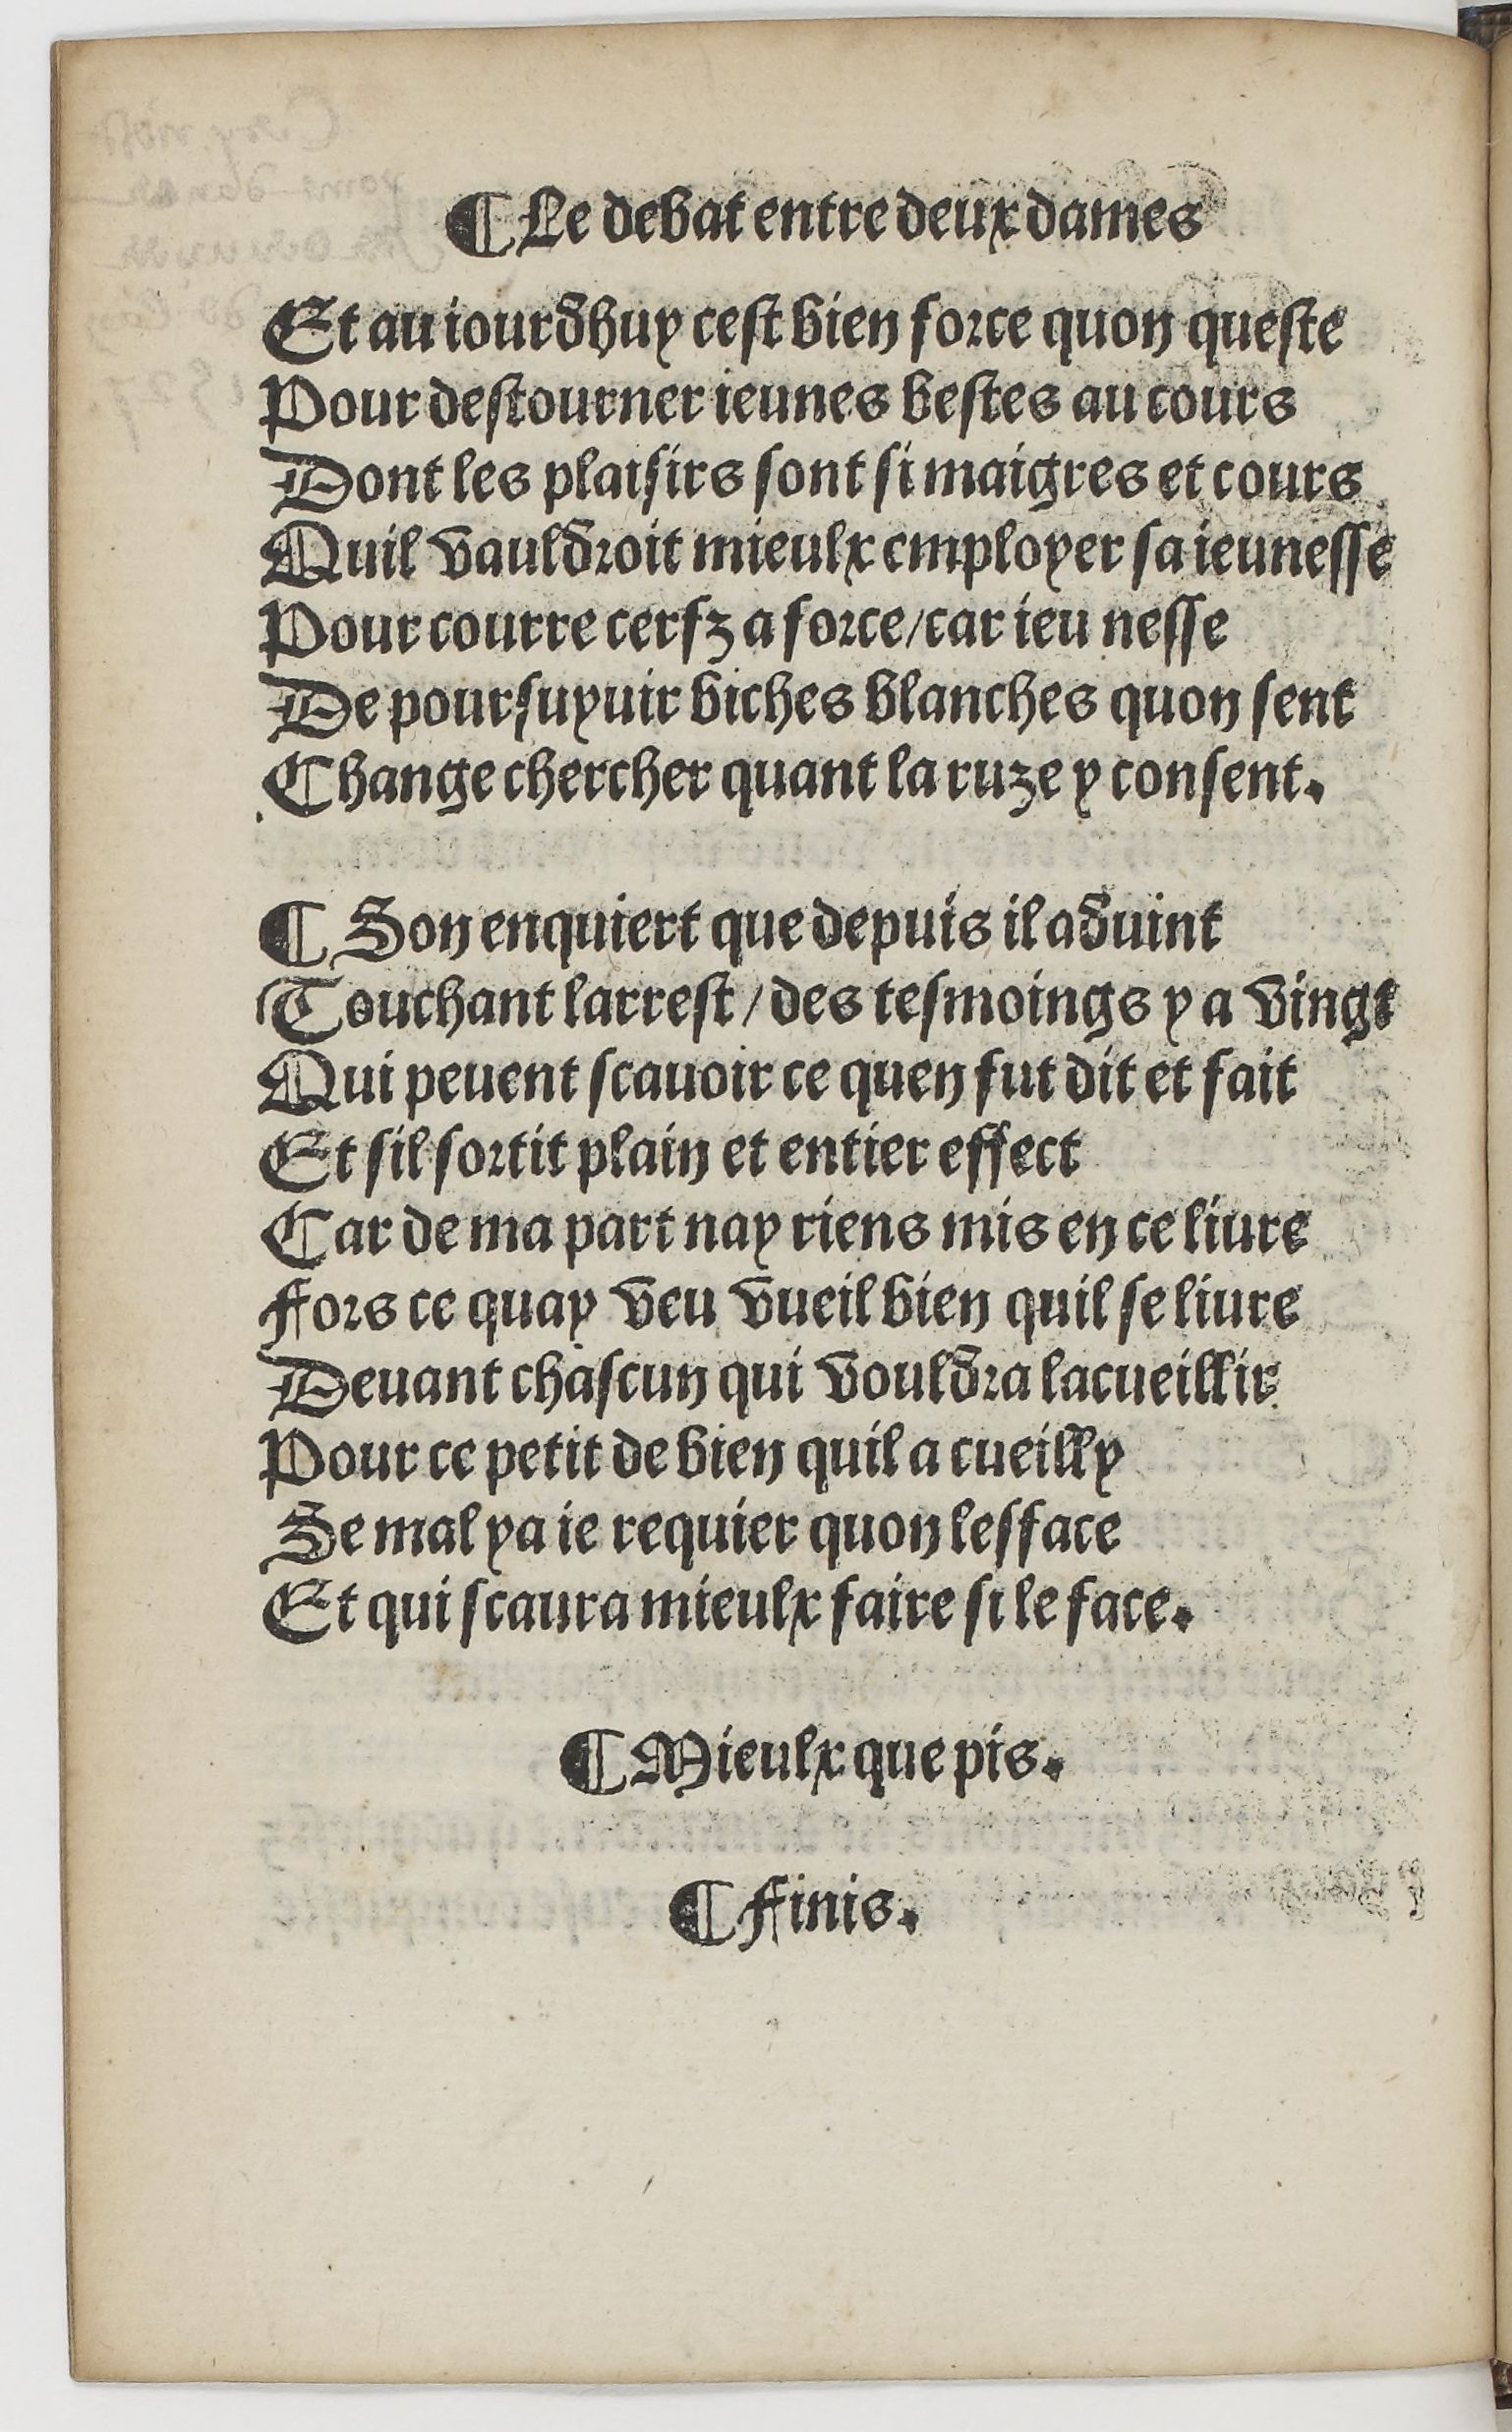
Shelfmark: Paris, BnF, Rés. YE-1395
Century: 16